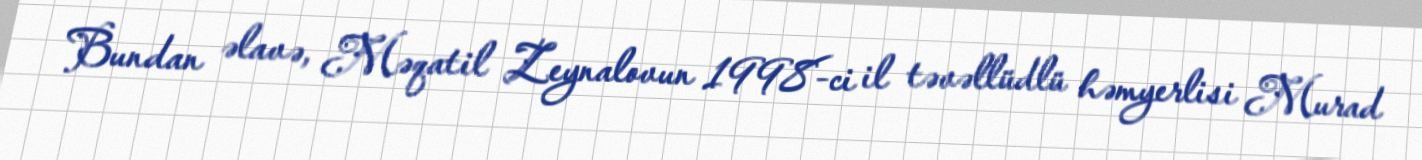
Bundan əlavə, Məqatil Zeynalovun 1998-ci il təvəllüdlü həmyerlisi Murad